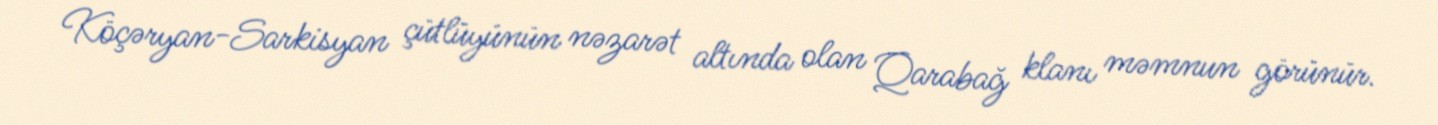
Köçəryan-Sarkisyan çütlüyünün nəzarət altında olan Qarabağ klanı məmnun görünür.